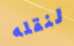
لنقله